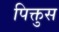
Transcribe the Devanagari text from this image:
पिक्तुस